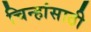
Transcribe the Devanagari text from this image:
चिन्हांसाठी